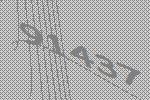
91437